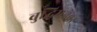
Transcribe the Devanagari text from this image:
बुद्धिमत्तेवर